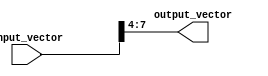
module part_select_continuous_assignment (
    input wire [15:0] input_vector,  // 16-bit input vector
    output wire [3:0] output_vector   // 4-bit output vector (selected part)
);

    // Select bits 4 to 7 (4 bits) from the input_vector
    assign output_vector = input_vector[7:4];

endmodule